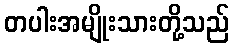
တပါးအမျိုးသားတို့သည်